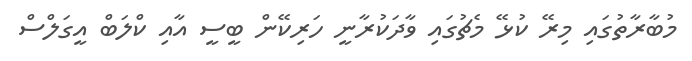
މުބާރާތުގައި މިރޭ ކުޅޭ މެޗުގައި ވާދަކުރާނީ ހަރިކޭން ބީސީ އާއި ކްލަބް އީގަލްސް